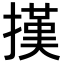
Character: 𢴁